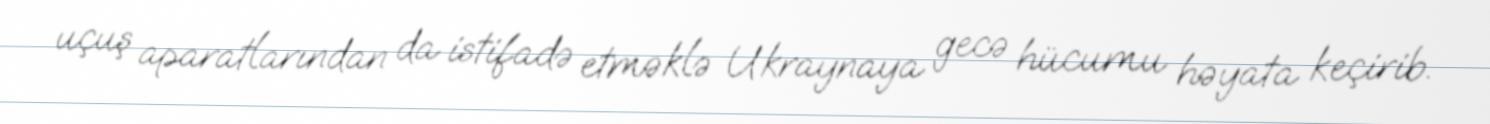
uçuş aparatlarından da istifadə etməklə Ukraynaya gecə hücumu həyata keçirib.